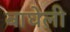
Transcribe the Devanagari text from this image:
बाघेली